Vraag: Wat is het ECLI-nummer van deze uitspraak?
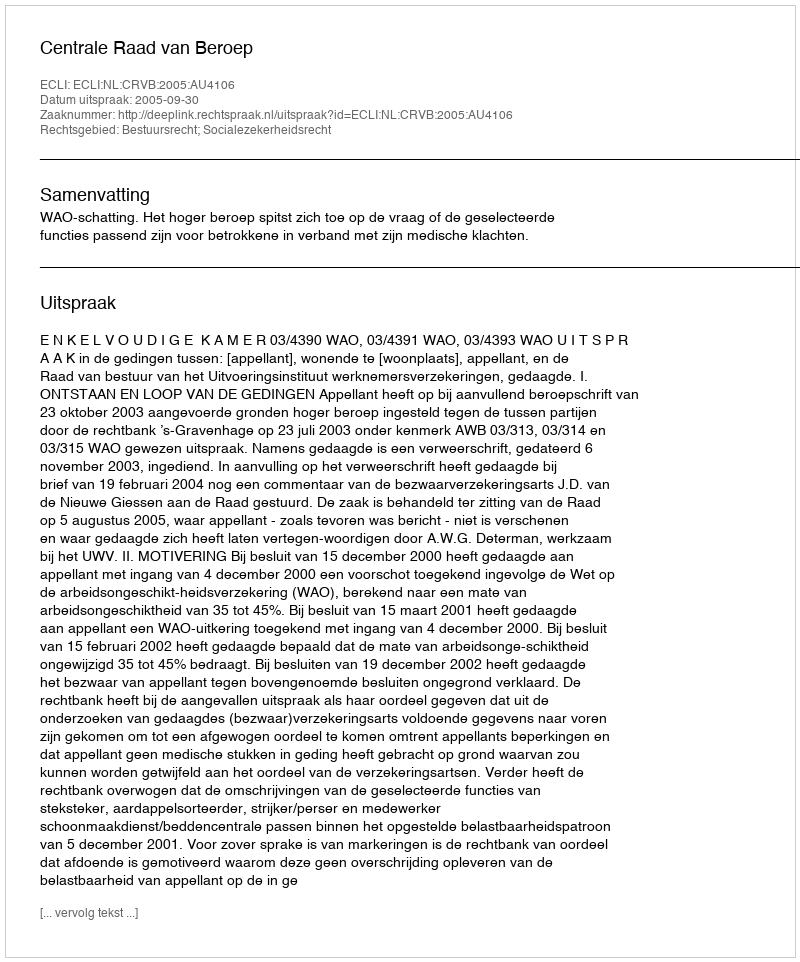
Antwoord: ECLI:NL:CRVB:2005:AU4106